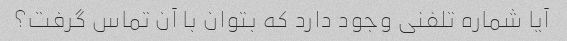
آیا شماره تلفنی وجود دارد که بتوان با آن تماس گرفت؟